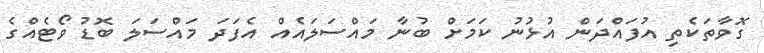
ގޮވާތަކެތި އުފައްދަން އުޅުނު ކަމަށް ބުނާ މައްސަލައެއް އެފަދަ މައްސަލަ ބޮޑު ވޯޓެއްގެ